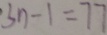
3 n - 1 = 7 7